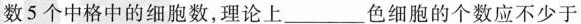
数5个中格中的细胞数，理论上___色细胞的个数应不少于